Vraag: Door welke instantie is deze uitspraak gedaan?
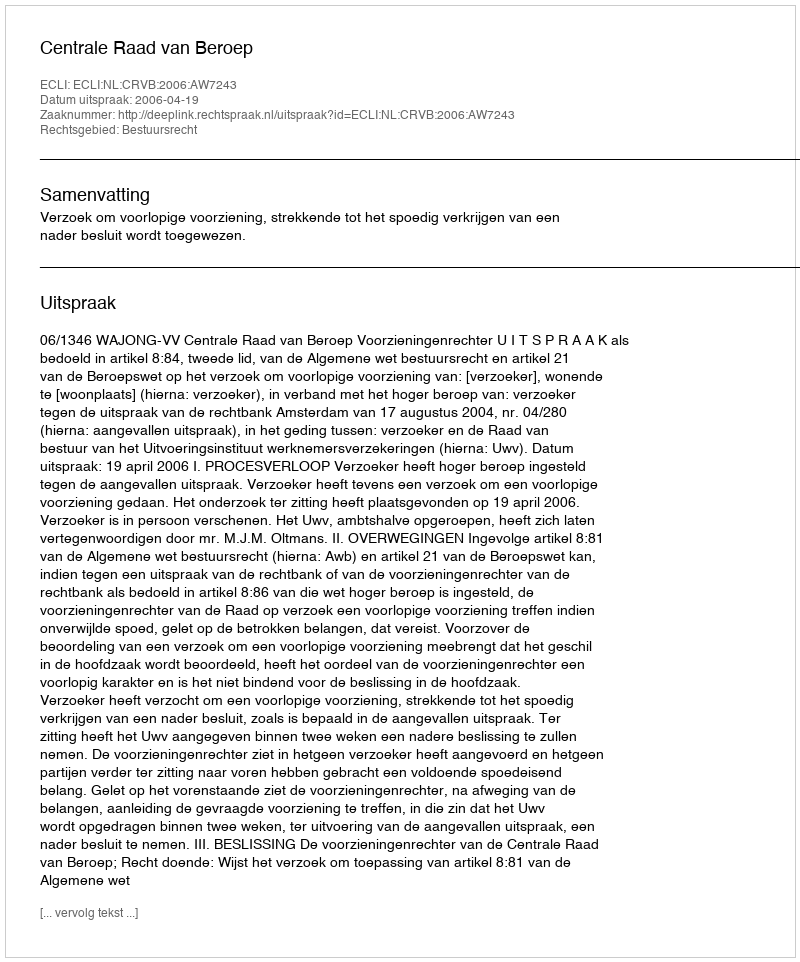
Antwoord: Centrale Raad van Beroep